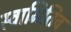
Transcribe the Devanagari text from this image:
स्वामितिव